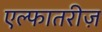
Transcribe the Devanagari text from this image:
एल्फातरीज़